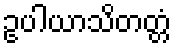
ဥပါယာသိတတ္တံ